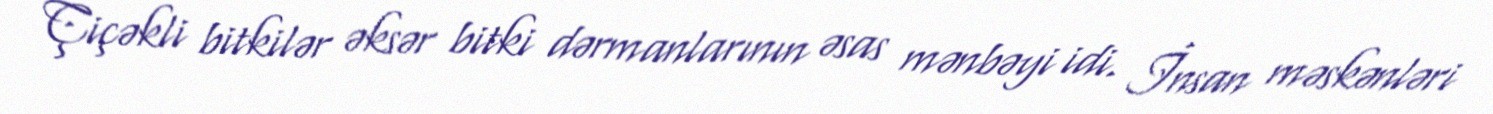
Çiçəkli bitkilər əksər bitki dərmanlarının əsas mənbəyi idi. İnsan məskənləri